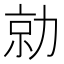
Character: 勍